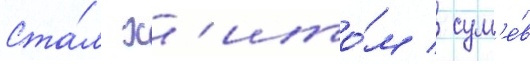
Ста́л х'ито́м / сум'е́в